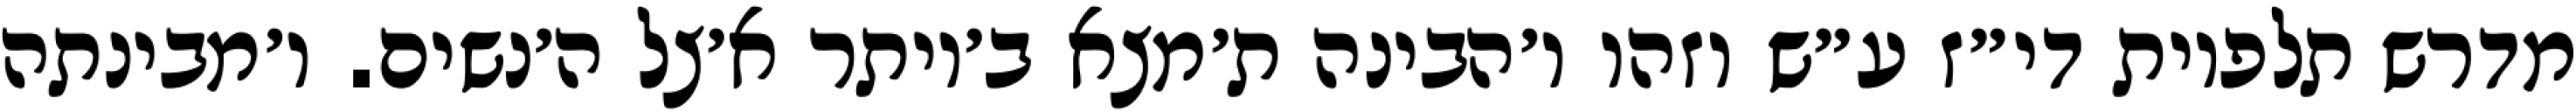
מדרש תלפיות די״ז ע״ש וזהו ו׳הבינה ת׳מצא ב׳יותר א׳צל ה׳נשים. ו׳מבינתה